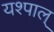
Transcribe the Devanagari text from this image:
यश्पाल्